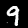
Digit: 9